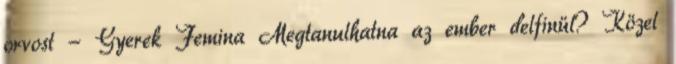
orvost - Gyerek Femina Megtanulhatna az ember delfinül? Közel